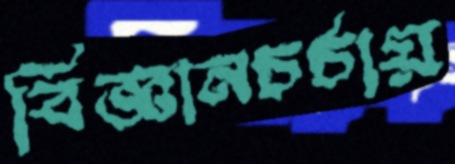
বিজ্ঞানচর্চায়